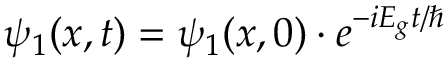
\psi _ { 1 } ( x , t ) = \psi _ { 1 } ( x , 0 ) \cdot e ^ { - i E _ { g } t / \hbar }